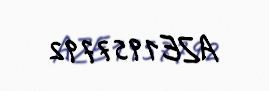
AZE1957792